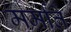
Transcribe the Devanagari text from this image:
मर्मांतें